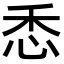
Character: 𢘳